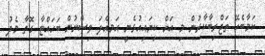
ކަމާބެހޭ ތަޖްރިބާކާރުން މި އަށް ކިޔައިއުޅެނީ އަމިއްލަ ވިސްނުން ބަހައްޓާ ގޮތާ މެދު